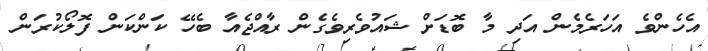
އެހެންވެ އަހަރެމެން އަދި މާ ބޮޑަށް ޝައުވެރިވެގެން ރާއްޖެއާ ބެހޭ ކަންކަން ފޮލޯކުރަން